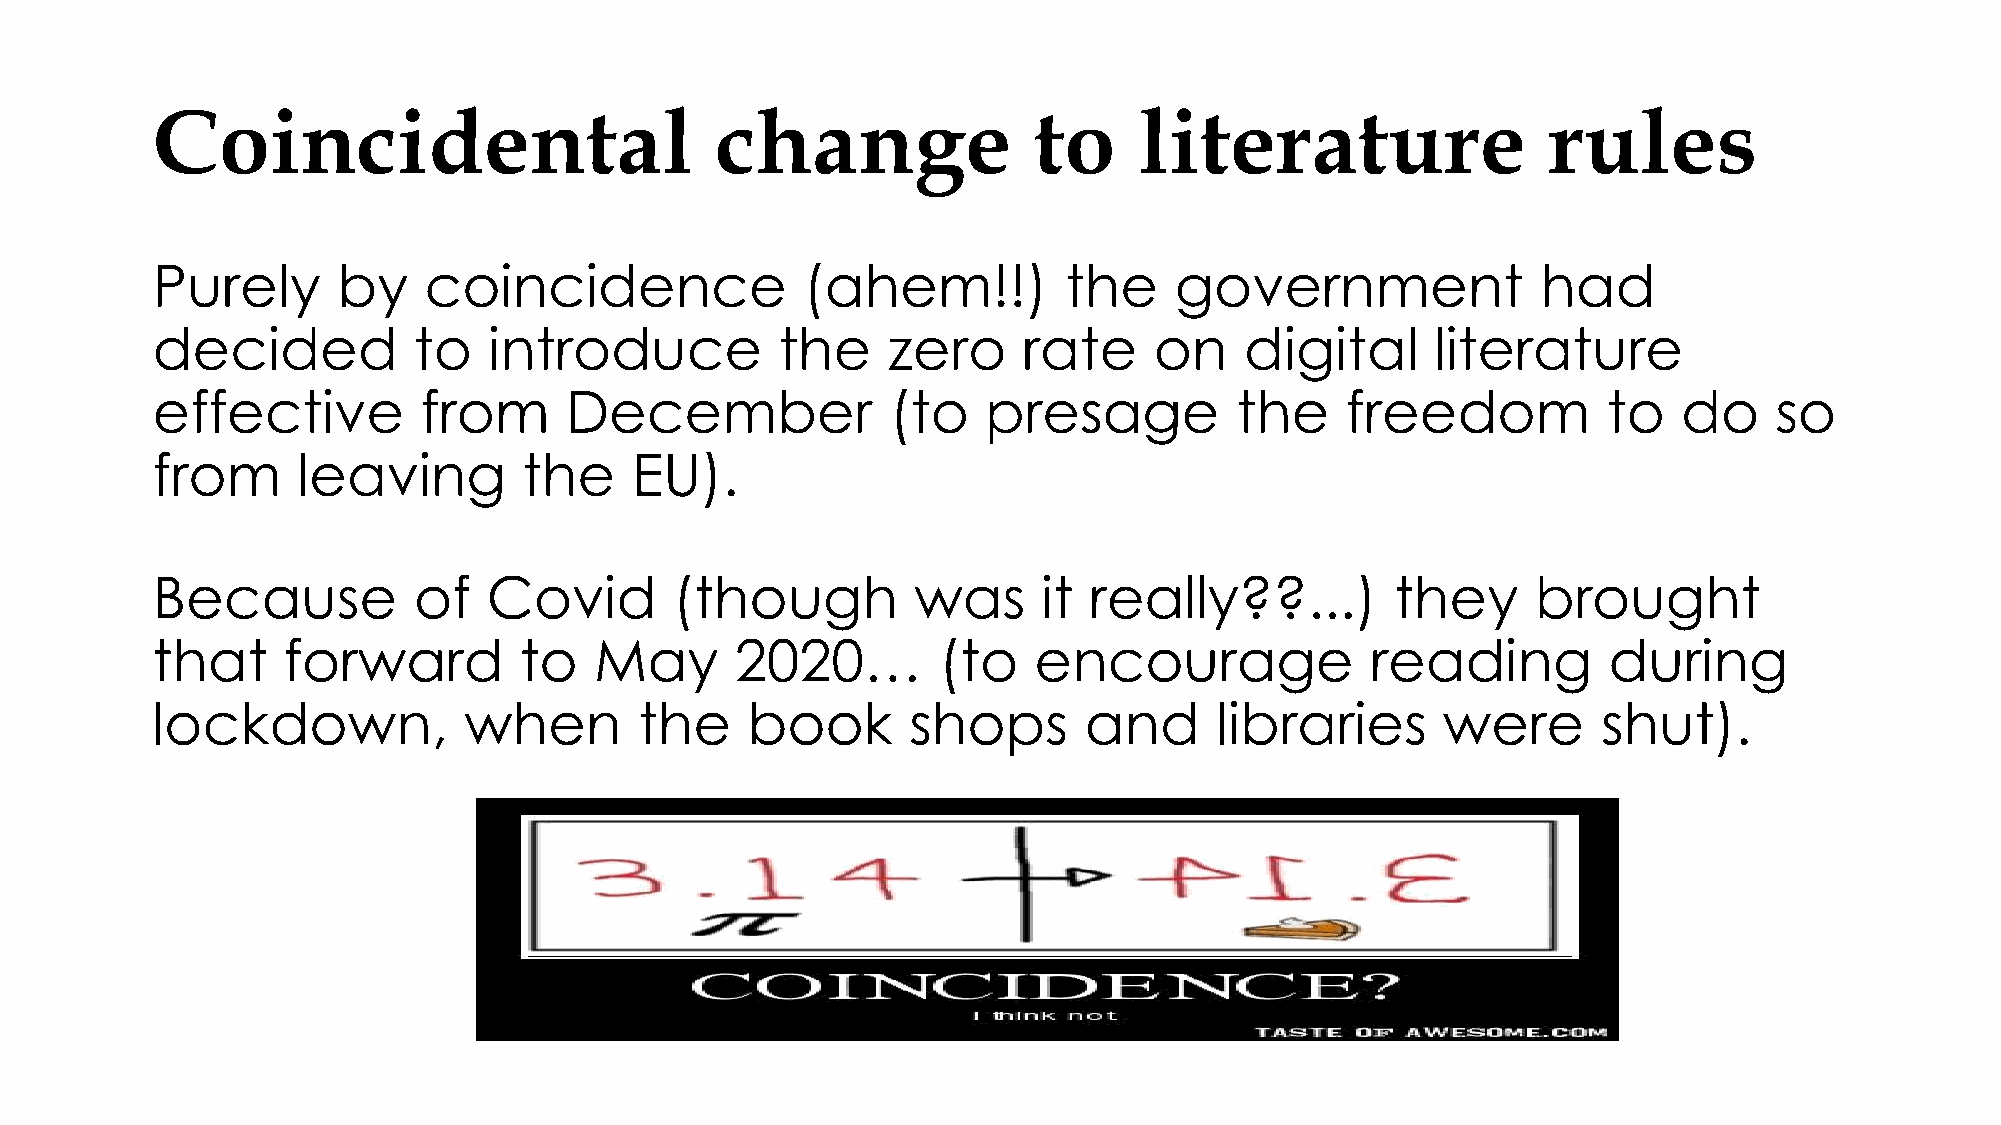
Coincidental                         change               to     literature                 rules
 Purely      by    coincidence              (ahem!!)         the     government              had
 decided          to   introduce           the    zero     rate    on    digital      literature
 effective         from     December              (to   presage          the    freedom          to   do    so
 from      leaving        the    EU).
 Because          of   Covid        (though         was     it really??...)        they      brought
 that     forward        to   May       2020…        (to   encourage              reading        during
 lockdown,            when       the    book       shops       and     libraries      were       shut).